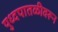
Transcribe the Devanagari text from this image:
युध्दपातळीवरून